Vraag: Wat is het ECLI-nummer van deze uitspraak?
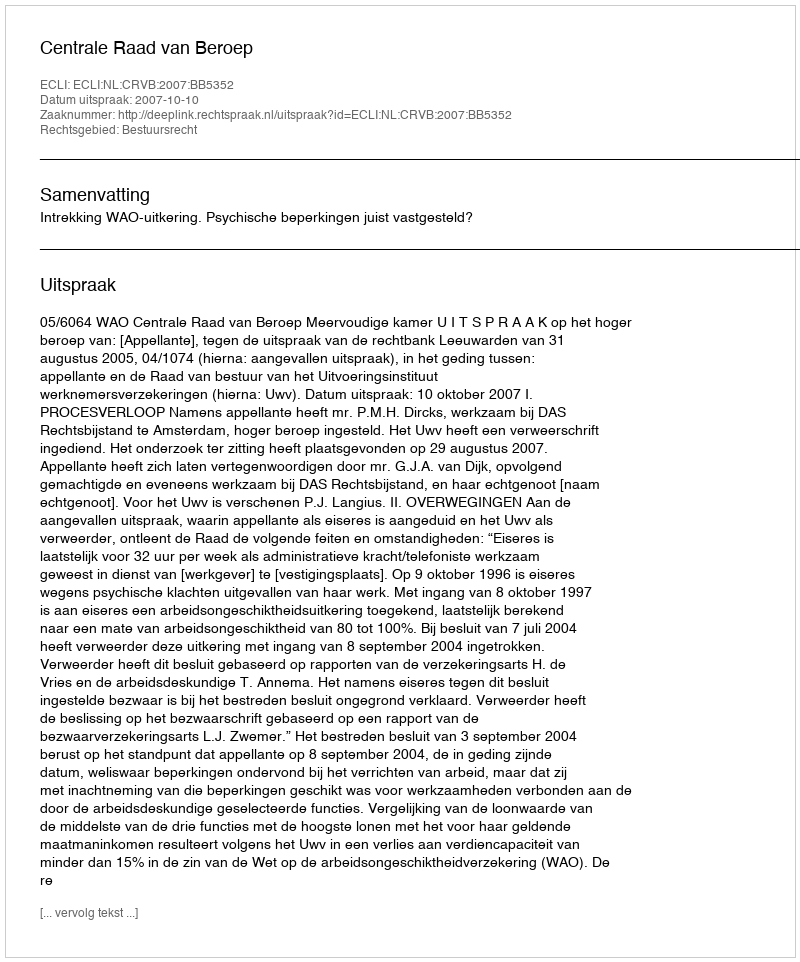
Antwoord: ECLI:NL:CRVB:2007:BB5352